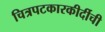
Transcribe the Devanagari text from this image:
चित्रपटकारकीर्दीची